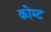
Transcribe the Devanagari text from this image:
कोम्ट